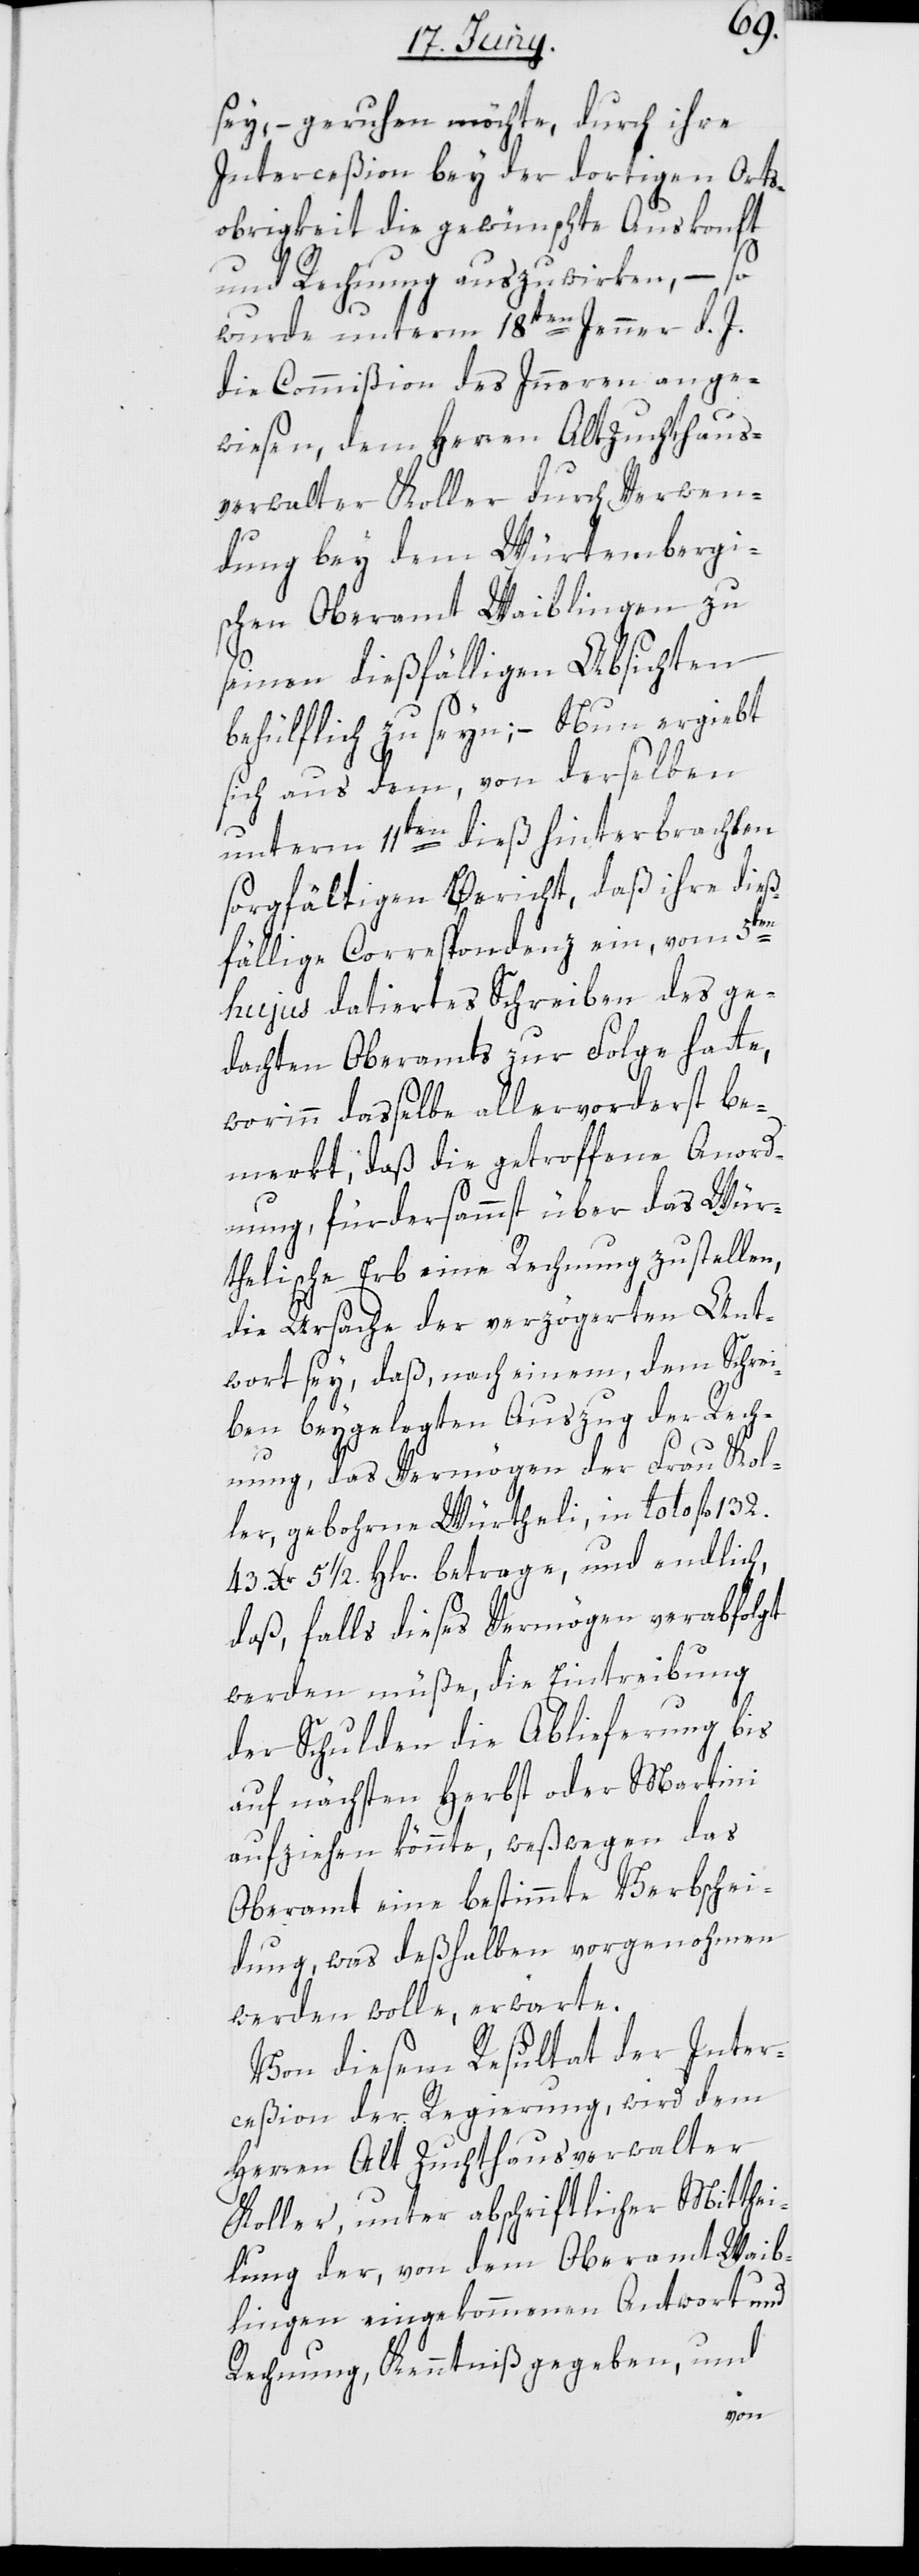
sey, – geruhen möchte, durch ihre
Interceßion bey der dortigen Orts¬
obrigkeit die gewünschte Auskonft
und Rechnung auszuwirken, – so
wurde unterm 18ten Jenner d. J.
die Commißion des Innern ange¬
wiesen, dem Herren Altzuchthaus¬
verwalter Koller durch Verwen¬
dung bey dem Würtembergi¬
schen Oberamt Waiblingen zu
seinen dießfälligen Absichten
behülflich zu seyn; – Nun ergiebt
sich aus dem, von derselben
unterm 11ten dieß hinterbrachten
sorgfältigen Bericht, daß ihre dieß¬
fällige Correspondenz ein, vom 5ten
hujus datiertes Schreiben des ge¬
dachten Oberamts zur Folge hatte,
worinn dasselbe allervorderst be¬
merkt, daß die getroffene Anord¬
nung, fürdersamst über das Wür¬
thelische Erb eine Rechnung zu stellen,
die Ursache der verzögerten Ant¬
wort sey, daß, nach einem, dem Schrei¬
ben beygelegten Auszug der Rech¬
nung, das Vermögen der Frau Kol¬
ler, gebohrne Würtheli, in toto fl. 132.
43 Xr. 5 1/2. Hlr. betrage, und endlich,
daß, falls dieses Vermögen verabfolgt
werden müße, die Eintreibung
der Schulden die Ablieferung bis
auf nächsten Herbst oder Martini
aufziehen könnte, weßwegen das
Oberamt eine bestimmte Verbschei¬
dung, was deßhalben vorgenohmen
werden wolle, erwarte.
Von diesem Resultat der Inter¬
ceßion der Regierung, wird dem
Herren Alt Zuchthausverwalter
Koller, unter abschriftlicher Mitthei¬
lung der, von dem Oberamt Waib¬
lingen eingekommenen Antwort und
Rechnung, Kenntniß gegeben, und